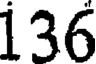
136